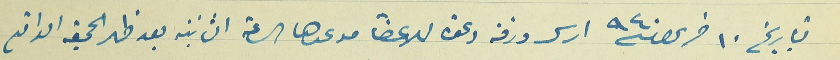
بتاريخ ١٠ حزيران سنة ٩٤٠ ارسل ورقة دعوة للاعضأ موعدها الساعة الثانية بعد ظهر الجمعة الواقع